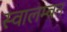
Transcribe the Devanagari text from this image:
स्वालम्बन